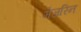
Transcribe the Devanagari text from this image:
मेजरिन